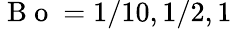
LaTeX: \mathrm{~B~o~}=1/10,1/2,1